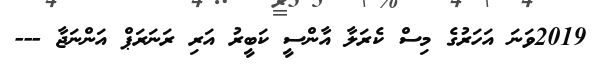
2019ވަނަ އަހަރުގެ މިސް ކެރަލާ އާންސީ ކަބީރު އަރި ރަނަރަޕް އަންނަޖާ ---